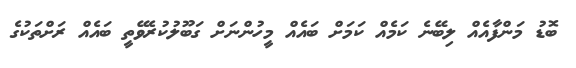
ބޮޑު މަންފާއެއް ލިބޭނެ ކަމެއް ކަމަށް ބައެއް މީހުންނަށް ގަބޫލުކުރެވޭތީ ބައެއް ރަށްތަކުގެ